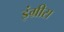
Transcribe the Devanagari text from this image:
इंग्रीस